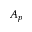
A _ { p }